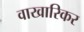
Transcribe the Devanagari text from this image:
वाखारिकर